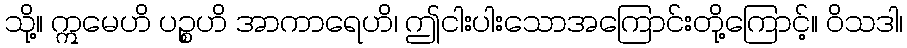
သို့။ ဣမေဟိ ပဉ္စဟိ အာကာရေဟိ၊ ဤငါးပါးသောအကြောင်းတို့ကြောင့်။ ဝိသဒါ၊